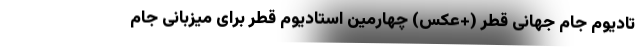
تادیوم جام جهانی قطر (+عکس) چهارمین استادیوم قطر برای میزبانی جام